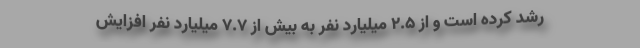
رشد کرده است و از 2.5 میلیارد نفر به بیش از 7.7 میلیارد نفر افزایش